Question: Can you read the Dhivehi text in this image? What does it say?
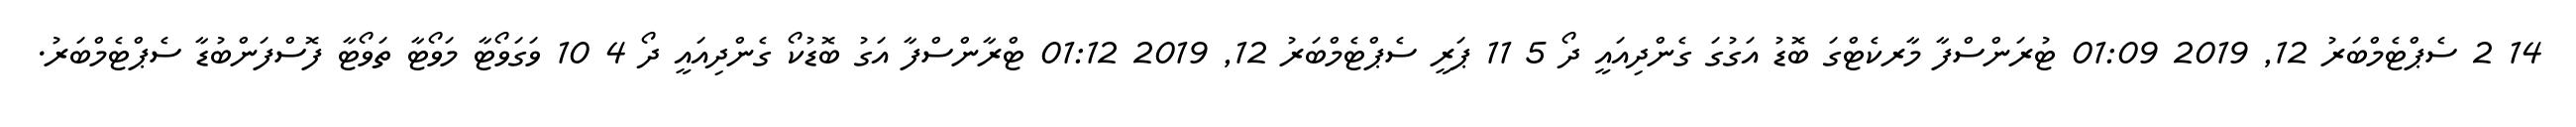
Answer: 14 2 ސެޕްޓެމްބަރު 12, 2019 01:09 ޓުރަންސްފާ މާރކެޓްގަ ބޮޑު އަގުގަ ގެންދިއައީ ދޯ 5 11 ޕަރީ ސެޕްޓެމްބަރު 12, 2019 01:12 ޓްރާންސްފާ އަގު ބޮޑުކޯ ގެންދިއައީ ދޯ 4 10 ވަގަވޯޓާ މަވޯޓާ ތަވޯޓާ ފޮސްފަންބުޑާ ސެޕްޓެމްބަރު.